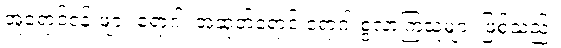
အူရောင်ငန်းဖျား ရောဂါ၊ အဆုတ်ရောင် ရောဂါ စွဲလာကြသူများ ဖြစ်သည်။